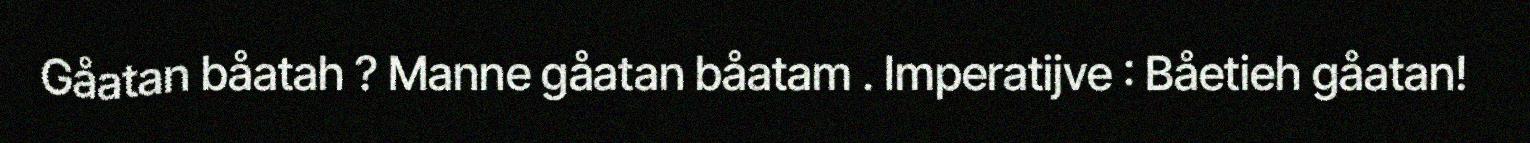
Gåatan båatah ? Manne gåatan båatam . Imperatijve : Båetieh gåatan!